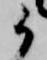
候